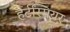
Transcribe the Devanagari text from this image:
हर्टस्मियर